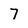
Character: 7